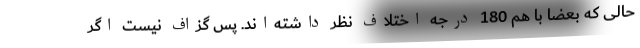
حالی که بعضا با هم 180 درجه اختلاف نظر داشته‌اند. پس گزاف نیست اگر